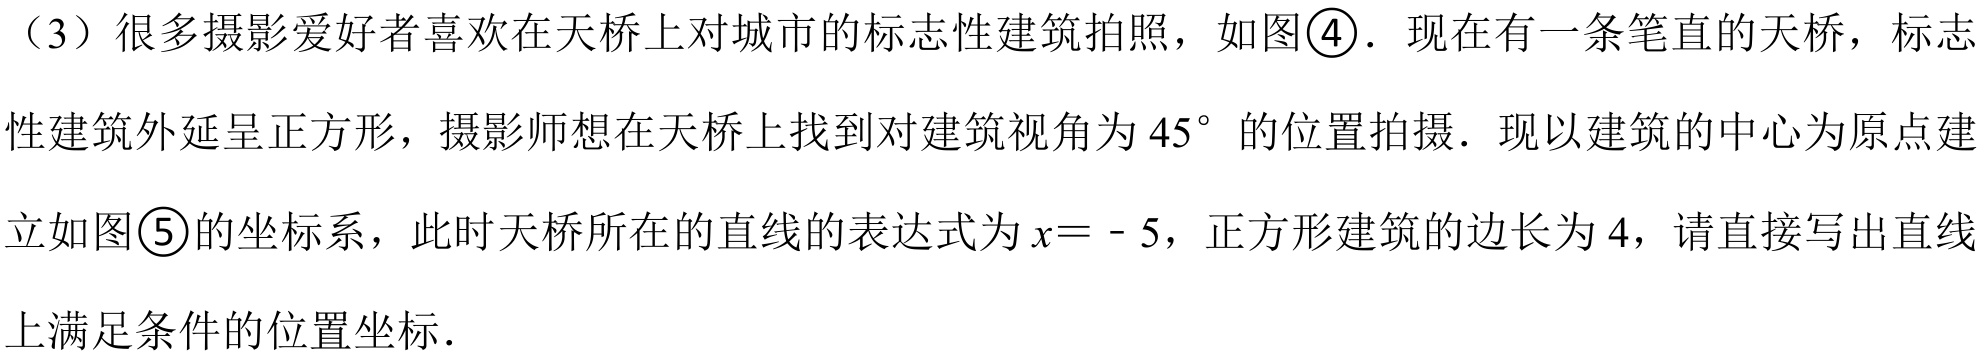
（3）很多摄影爱好者喜欢在天桥上对城市的标志性建筑拍照，如图\textcircled{4}．现在有一条笔直的天桥，标志
性建筑外延呈正方形，摄影师想在天桥上找到对建筑视角为 \(45^{\circ}\) 的位置拍摄．现以建筑的中心为原点建
立如图\textcircled{5}的坐标系，此时天桥所在的直线的表达式为 \(x = - 5\)，正方形建筑的边长为 \(4\)，请直接写出直线
上满足条件的位置坐标．